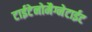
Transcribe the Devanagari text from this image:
टाईटेनोमैग्नेटाईट